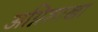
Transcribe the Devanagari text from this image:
अग्निशाखा